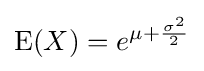
\operatorname {E} (X)=e^{\mu +{\frac {\sigma ^{2}}{2}}}